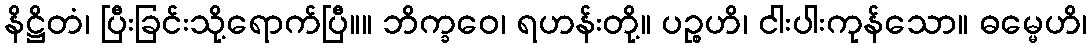
နိဋ္ဌိတံ၊ ပြီးခြင်းသို့ရောက်ပြီ။။ ဘိက္ခဝေ၊ ရဟန်းတို့။ ပဉ္စဟိ၊ ငါးပါးကုန်သော။ ဓမ္မေဟိ၊